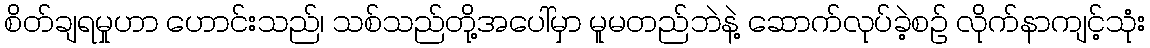
စိတ်ချရမှုဟာ ဟောင်းသည်၊ သစ်သည်တို့အပေါ်မှာ မူမတည်ဘဲနဲ့ ဆောက်လုပ်ခဲ့စဉ် လိုက်နာကျင့်သုံး